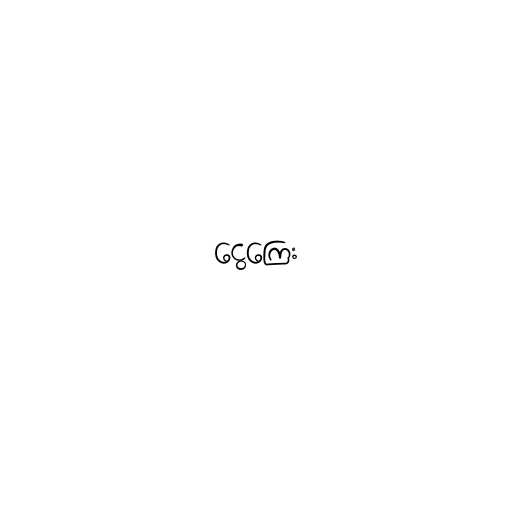
ငွေကြေး